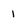
Character: 1